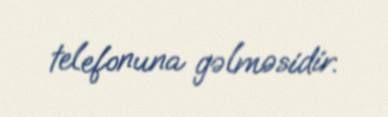
telefonuna gəlməsidir.